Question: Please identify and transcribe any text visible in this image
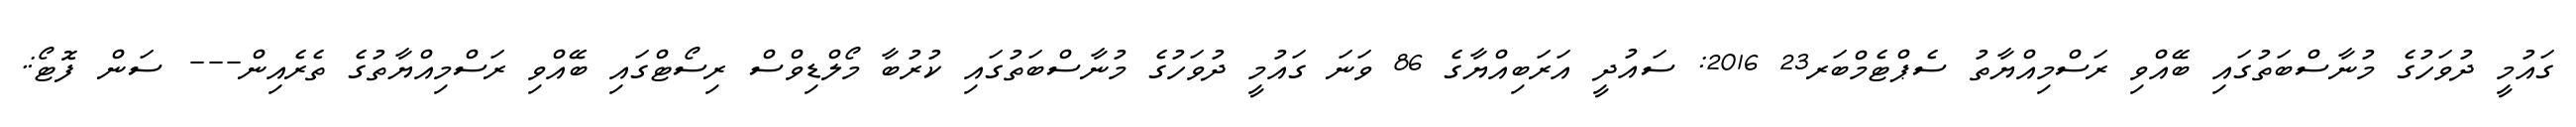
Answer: ގައުމީ ދުވަހުގެ މުނާސްބަތުގައި ބޭއްވި ރަސްމިއްޔާތު ސެޕްޓެމްބަރ23 2016: ސައުދީ އަރަބިއްޔާގެ 86 ވަނަ ގައުމީ ދުވަހުގެ މުނާސްބަތުގައި ކުރުބާ މޯލްޑިވްސް ރިސޯޓްގައި ބޭއްވި ރަސްމިއްޔާތުގެ ތެރެއިން--- ސަން ފޮޓޯ:.